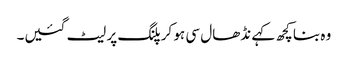
وہ بنا کچھ کہے نڈھال سی ہو کر پلنگ پر لیٹ گئیں۔